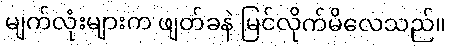
မျက်လုံးများက ဖျတ်ခနဲ မြင်လိုက်မိလေသည်။